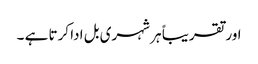
اور تقریباً ہر شہری بل ادا کرتا ہے ۔